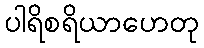
ပါရိစရိယာဟေတု